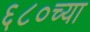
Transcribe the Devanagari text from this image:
६८०च्या